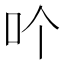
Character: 𠮶